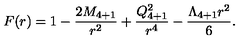
F ( r ) = 1 - { \frac { 2 M _ { 4 + 1 } } { r ^ { 2 } } } + { \frac { Q _ { 4 + 1 } ^ { 2 } } { r ^ { 4 } } } - { \frac { \Lambda _ { 4 + 1 } r ^ { 2 } } { 6 } } .